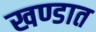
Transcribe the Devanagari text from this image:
खण्डात